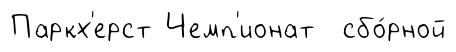
Паркх'ерст Чемп'ионат сбо́рной